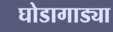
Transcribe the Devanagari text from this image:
घोडागाड्या